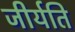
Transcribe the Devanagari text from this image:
जीर्यति